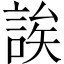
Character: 誒